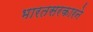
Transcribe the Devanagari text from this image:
भारतसरकारने